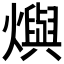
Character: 𤑉